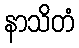
နာသိတံ